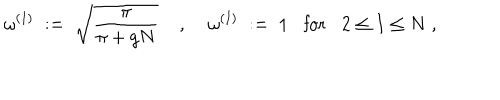
LaTeX: \omega ^ { ( 1 ) } \; : = \; \sqrt { \frac { \pi } { \pi + g N } } \; , \; \omega ^ { ( I ) } \; : = \; 1 \mathrm { f o r } 2 \leq I \leq N \; ,